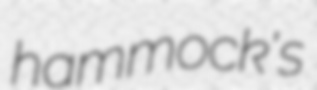
hammock's